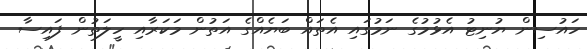
ހައުސިން ޔުނިޓު އެޅުމުގެ ނަމުގައި އެތައް ބަޔެއްގެ އަތުން މަކަރާއި ހީލަތުން ފައިސާ